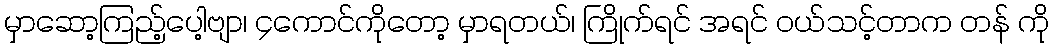
မှာဆော့ကြည့်ပေါ့ဗျာ၊ ၄ကောင်ကိုတော့ မှာရတယ်၊ ကြိုက်ရင် အရင် ဝယ်သင့်တာက တန် ကို